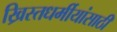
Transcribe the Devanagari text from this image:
ख्रिस्तधर्मीयांसाठी